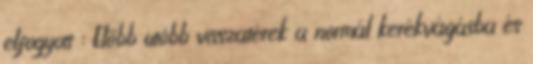
elfogyott : Előbb utóbb visszatérek a normál kerékvágásba és